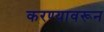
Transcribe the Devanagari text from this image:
करण्यावरून